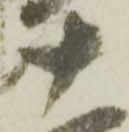
十